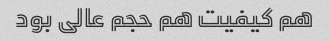
هم کیفیت هم حجم عالی بود